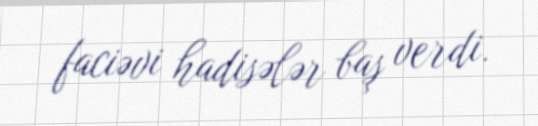
faciəvi hadisələr baş verdi.